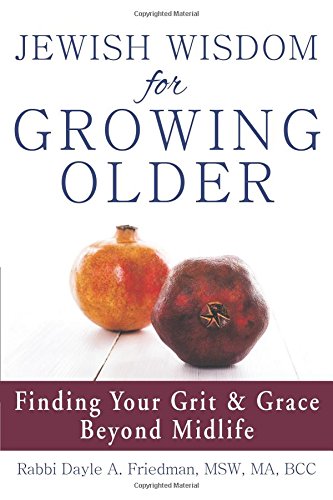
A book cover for Jewish Wisdom for Growing Older: Finding Your Grit and Grace Beyond Midlife; Dayle A. Friedman; Self-Help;